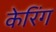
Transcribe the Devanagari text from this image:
केरिंग